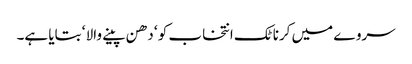
سروے میں کرناٹک انتخاب کو ‘ دھن پینے والا ‘ بتایا ہے۔